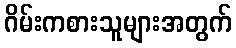
ဂိမ်းကစားသူများအတွက်